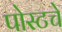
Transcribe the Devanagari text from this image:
पोस्टचे